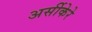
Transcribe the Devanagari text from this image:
अर्सीकेरे